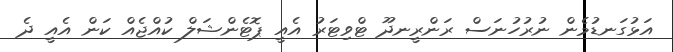
އަޅުގަނޑުމެން ނުރުހުނަސް ރަންރީނދޫ ޓްވިޓަރު އެއީ ޕޮޓެންޝަލް ކުއްޖެއް ކަން އެއީ ދެ